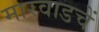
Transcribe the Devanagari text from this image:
मारवाडचें